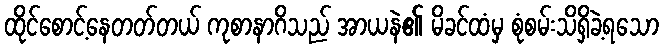
ထိုင်စောင့်နေတတ်တယ် ကုစာနာဂိသည် အာယနဲ၏ မိခင်ထံမှ စုံစမ်းသိရှိခဲ့ရသော